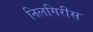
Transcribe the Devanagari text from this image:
निलगिरीस